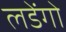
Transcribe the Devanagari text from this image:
लडेंगो